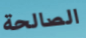
الصالحة